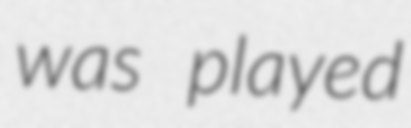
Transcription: was played